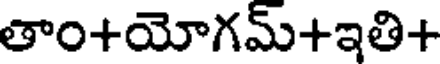
తాం+యోగమ్+ఇతి+